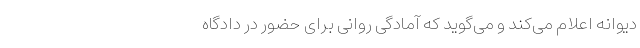
دیوانه اعلام می‌کند و می‌گوید که آمادگی روانی برای حضور در دادگاه